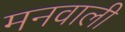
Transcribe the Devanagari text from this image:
मनवाली